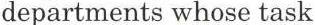
departments whose task